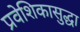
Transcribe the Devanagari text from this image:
प्रवेशिकासुद्धा